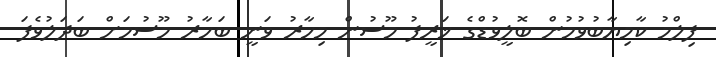
ފިލްމު ކާމިޔާބުވުމުން ބޮލީވުޑްގެ ޚަރީފު މޫސުން މިހާރު ވަނީ ބަހާރު މޫސުމަށް ބަދަލުވެފަ